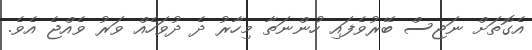
އެގޮތަށް ނަޖިސް ބޭރުވެފައި ހުންނަތާ މިހާރު ދެ ދުވަހެއް ވަރު ވެއްޖެ އެވެ.